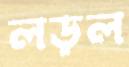
লড়ল